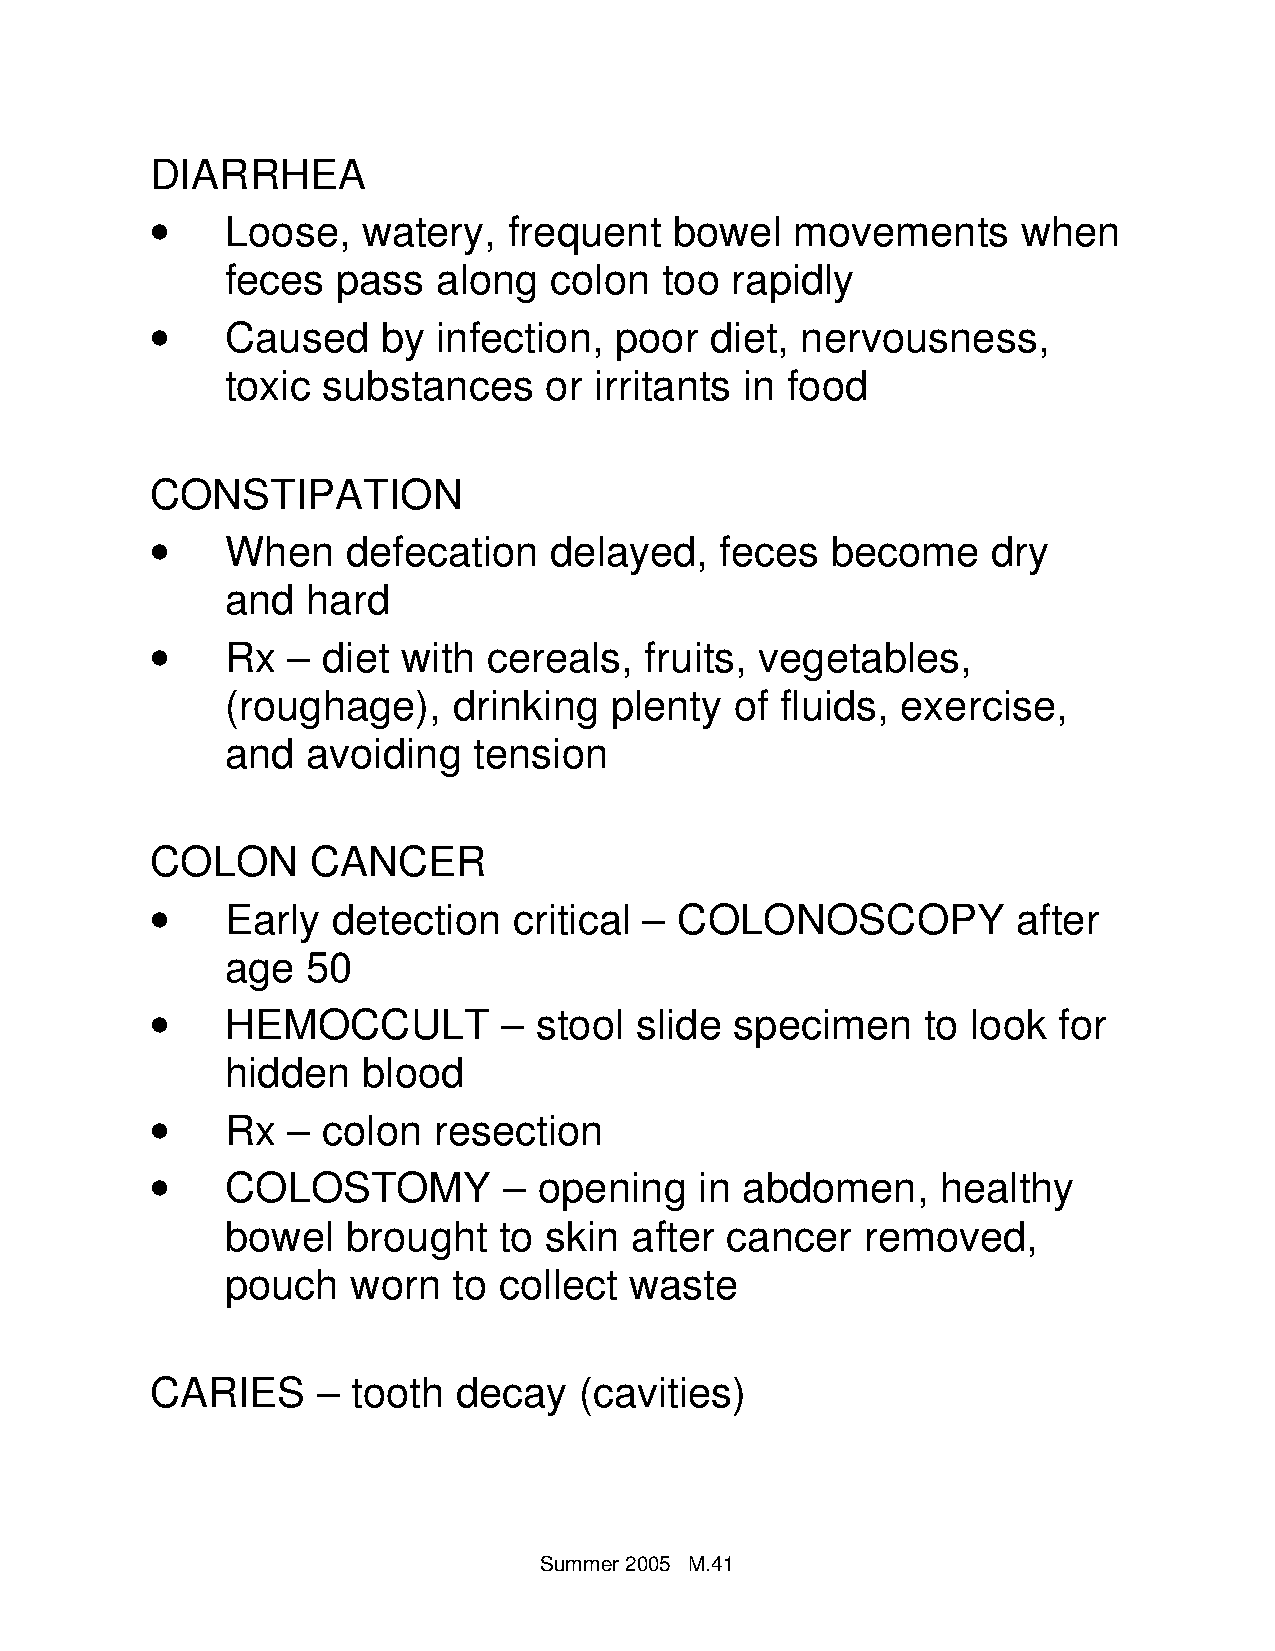
DIARRHEA
 •
 Loose,   watery,   frequent   bowel   movements      when
 feces  pass   along  colon   too rapidly
 •
 Caused    by  infection,  poor  diet, nervousness,
 toxic substances     or irritants in food
 CONSTIPATION
 •
 When    defecation   delayed,    feces  become     dry
 and  hard
 •
 Rx  – diet  with cereals,   fruits, vegetables,
 (roughage),    drinking  plenty   of fluids, exercise,
 and  avoiding   tension
 COLON      CANCER
 •
 Early  detection   critical – COLONOSCOPY           after
 age  50
 •
 HEMOCCULT         – stool  slide  specimen    to look  for
 hidden   blood
 •
 Rx  – colon   resection
 •
 COLOSTOMY         –  opening   in abdomen,     healthy
 bowel   brought   to skin  after cancer   removed,
 pouch   worn   to collect  waste
 CARIES     – tooth  decay   (cavities)
 Summer 20 05 M.41